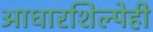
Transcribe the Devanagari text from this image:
आधारशिल्पेही